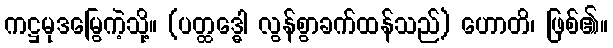
ကဋ္ဌမုဒမြွေကဲ့သို့။ (ပတ္ထဒ္ဓေါ လွန်စွာခက်ထန်သည်) ဟောတိ၊ ဖြစ်၏။